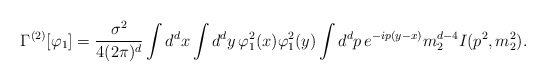
\begin{align*}\Gamma^{(2)}[\varphi_{1}]=\frac{\sigma^{2}}{4(2\pi)^{d}}\int d^{d}x \int d^{d}y\,\varphi_{1}^{2}(x) \varphi_{1}^{2}(y)\int d^{d}p\, e^{-ip(y-x)}m_{2}^{d-4}I(p^{2},m_{2}^{2}).\end{align*}